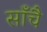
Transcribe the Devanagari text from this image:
साँचै